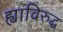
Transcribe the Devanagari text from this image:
ह्याविरुद्ध